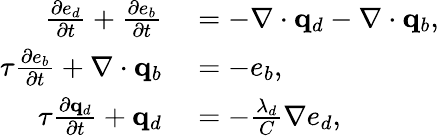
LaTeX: \begin{array}{rl}{\frac{\partial e_{d}}{\partial t}+\frac{\partial e_{b}}{\partial t}}&{{}=-\nabla\cdot\mathbf q_{d}-\nabla\cdot\mathbf q_{b},}\\ {\tau\frac{\partial e_{b}}{\partial t}+\nabla\cdot\mathbf q_{b}}&{{}=-e_{b},}\\ {\tau\frac{\partial\mathbf q_{d}}{\partial t}+\mathbf q_{d}}&{{}=-\frac{\lambda_{d}}{C}\nabla e_{d},}\end{array}